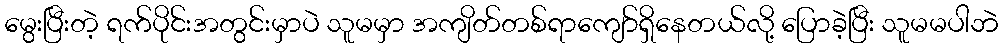
မွေးပြီးတဲ့ ရက်ပိုင်းအတွင်းမှာပဲ သူမမှာ အကျိတ်တစ်ရာကျော်ရှိနေတယ်လို့ ပြောခဲ့ပြီး သူမမပါဘဲ